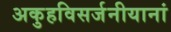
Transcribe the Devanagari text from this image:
अकुहविसर्जनीयानां